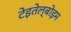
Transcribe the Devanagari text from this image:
टेइतेल्बोइम